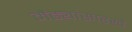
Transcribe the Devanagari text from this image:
मेंढ्यांसारखे